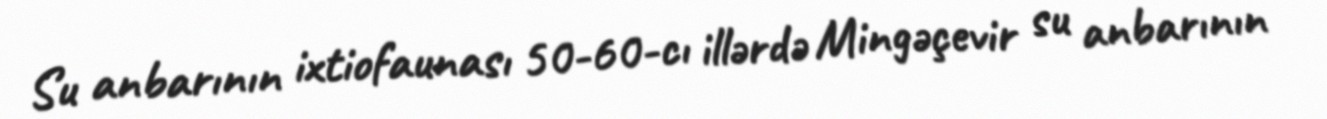
Su anbarının ixtiofaunası 50-60-cı illərdə Mingəçevir su anbarının